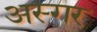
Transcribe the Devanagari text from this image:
अस्गर